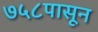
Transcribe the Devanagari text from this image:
७५८पासून